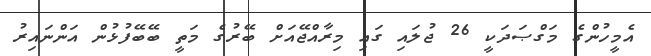
އެމީހުންގެ މަގްޞަދަކީ 26 ޖުލައި ގައި މިރާއްޖޭއަށް ބޭރުގެ މަތީ ބޭބޭފުޅުން އަންނައިރު